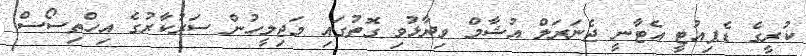
ކުރީގެ ޑެޕިއުޓީ އެޓާނީ ޖެނަރަލް އުޝާމް ވިދާޅުވި ގޮތުގައި މަޖިލީހުން ސަރުކާރުގެ އިހްތިސޯސް